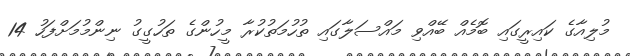
މުލިއާގެ ކައިރީގައި ބޮމެއް ބޭއްވި މައްސަލާގައި ތުހުމަތުކުރާ މީހުންގެ ތަހުގީގު ނިންމުމަށްފަހު 14